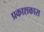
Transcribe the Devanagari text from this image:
प्रकाशकास